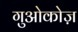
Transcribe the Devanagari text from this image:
गुओकोज़